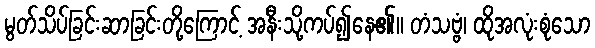
မွတ်သိပ်ခြင်းဆာခြင်းတို့ကြောင့် အနီးသို့ကပ်၍နေ၏။ တံသဗ္ဗံ၊ ထိုအလုံးစုံသော